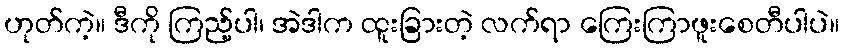
ဟုတ်ကဲ့။ ဒီကို ကြည့်ပါ၊ အဲဒါက ထူးခြားတဲ့ လက်ရာ ကြေးကြာဖူးစေတီပါပဲ။